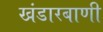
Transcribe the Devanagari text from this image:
खंडारबाणी